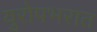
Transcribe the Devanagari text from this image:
युरोपभरात